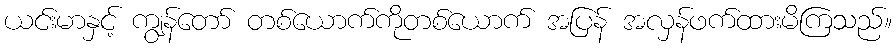
ယင်းမာနှင့် ကျွန်တော် တစ်ယောက်ကိုတစ်ယောက် အပြန် အလှန်ဖက်ထားမိကြသည်။